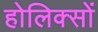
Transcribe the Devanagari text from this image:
होलिक्सों